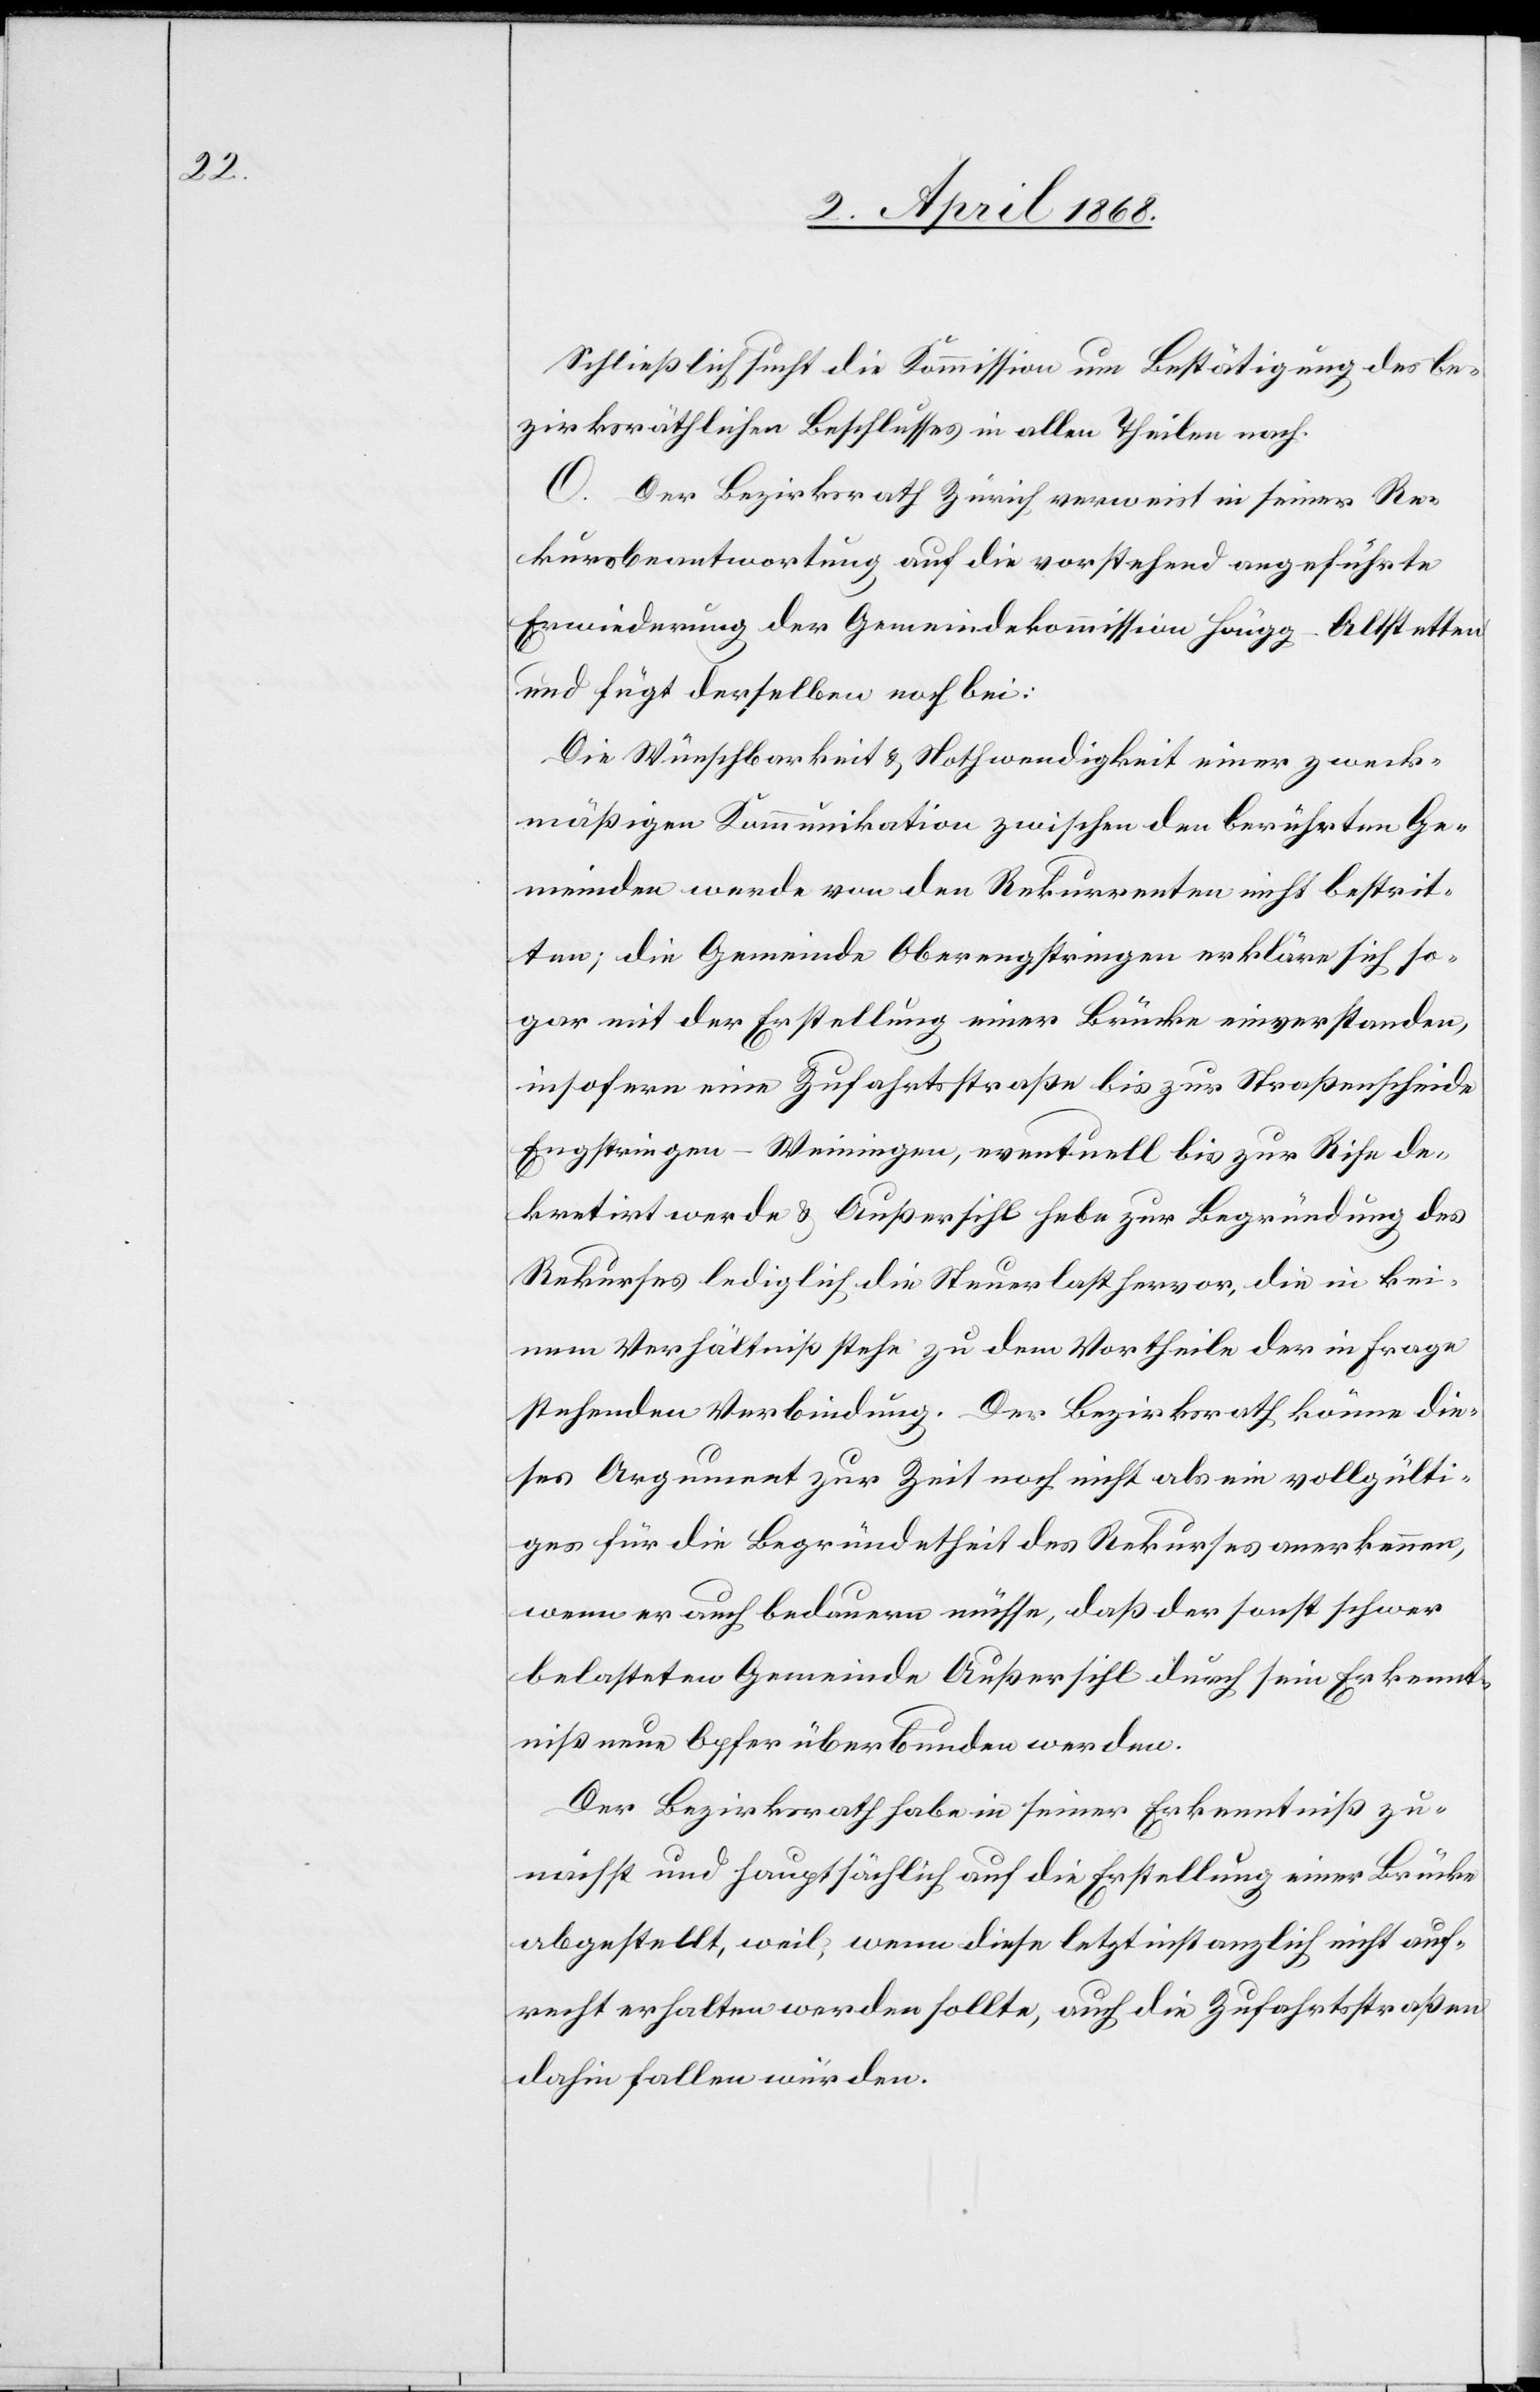
Schließlich sucht die Kommission um Bestätigung des be¬
zirksräthlichen Beschlusses in allen Theilen nach.
O. Der Bezirksrath Zürich verweist in seiner Re¬
kursbeantwortung auf die vorstehend angeführte
Erwiederung der Gemeindekommission Höngg-Altstetten
und fügt derselben noch bei:
Die Wünschbarkeit & Nothwendigkeit einer zweck¬
mäßigen Kommunikation zwischen den berührten Ge¬
meinden werde von den Rekurrenten nicht bestrit¬
ten; die Gemeinde Oberengstringen erkläre sich so¬
gar mit der Erstellung einer Brücke einverstanden,
insofern eine Zufahrtsstraße bis zur Straßenscheide
Engstringen-Weiningen, eventuell bis zur Rise de¬
kretirt werde & Außersihl hebe zur Begründung des
Rekurses lediglich die Steuerlast hervor, die in kei¬
nem Verhältniß stehe zu dem Vortheile der in Frage
stehenden Verbindung. Der Bezirksrath könne die¬
ses Argument zur Zeit noch nicht als ein vollgülti¬
ges für die Begründetheit des Rekurses anerkennen,
wenn er auch bedauern müsse, daß der sonst schwer
belasteten Gemeinde Außersihl durch sein Erkennt¬
niß neue Opfer überbunden werden.
Der Bezirksrath habe in seiner Erkenntniß zu¬
nächst und hauptsächlich auf die Erstellung einer Brücke
abgestellt, weil, wenn diese letztinstanzlich nicht auf¬
recht erhalten werden sollte, auch die Zufahrtsstraßen
dahin fallen würden.